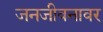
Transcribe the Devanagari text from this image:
जनजीवनावर